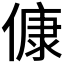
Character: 𬿛